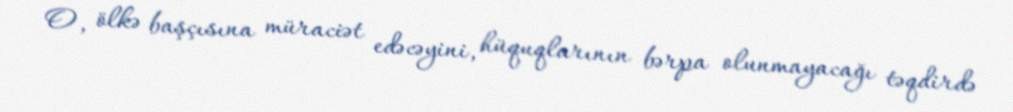
O, ölkə başçısına müraciət edəcəyini, hüquqlarının bərpa olunmayacağı təqdirdə